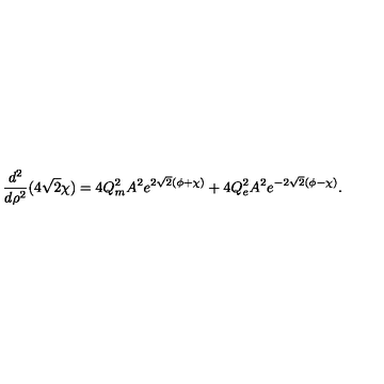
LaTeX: \frac { d ^ { 2 } } { d \rho ^ { 2 } } ( 4 \sqrt { 2 } \chi ) = 4 Q _ { m } ^ { 2 } A ^ { 2 } e ^ { 2 \sqrt { 2 } ( \phi + \chi ) } + 4 Q _ { e } ^ { 2 } A ^ { 2 } e ^ { - 2 \sqrt { 2 } ( \phi - \chi ) } .